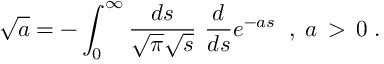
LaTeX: \sqrt { a } = - \int _ { 0 } ^ { \infty } \frac { d s } { \sqrt { \pi } \sqrt { s } } \, \, \frac { d } { d s } e ^ { - a s } \; \; , \; a \, > \, 0 \; .